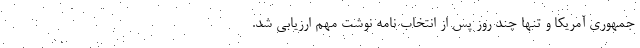
جمهوری آمریکا و تنها چند روز پس از انتخاب نامه نوشت مهم ارزیابی شد.